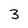
Character: 3